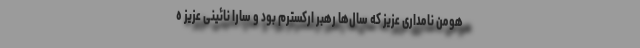
هومن نامداری عزیز که سال‌ها رهبر ارکسترم بود و سارا نائینی عزیز ه